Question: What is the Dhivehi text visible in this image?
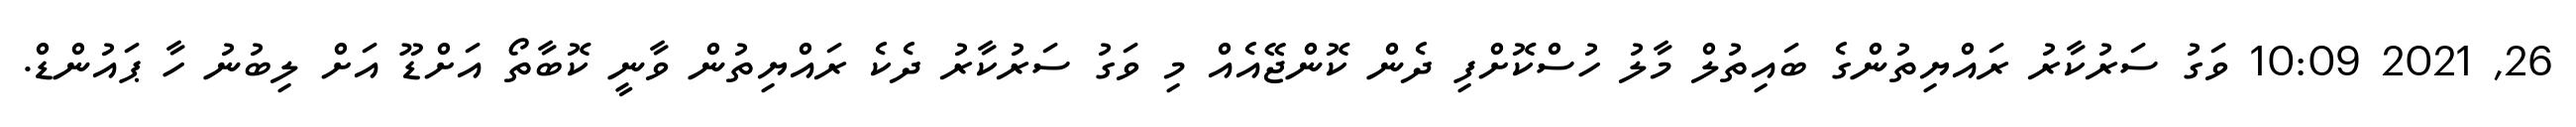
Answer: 26, 2021 10:09 ވަގު ސަރުކާރު ރައްޔިތުންގެ ބައިތުލް މާލު ހުސްކޮށްފި ދެން ކޮންޖޭއެއް މި ވަގު ސަރުކާރު ދެކެ ރައްޔިތުން ވާނީ ކޮބާތޯ އަށްޑޫ އަށް ލިބުނު ހާ ޕައުންޑް.